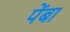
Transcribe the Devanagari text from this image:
पेंबा